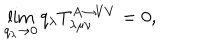
\lim _ { q _ { \lambda } \rightarrow 0 } q _ { \lambda } T _ { \lambda \mu \nu } ^ { A \rightarrow V V } = 0 ,